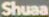
Shuaa